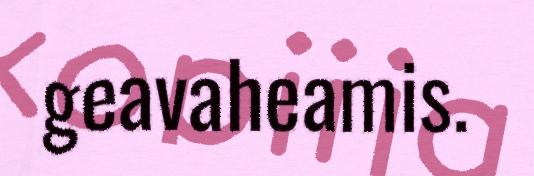
geavaheamis.